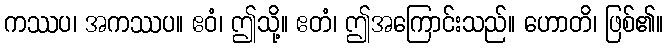
ကဿပ၊ အကဿပ။ ဧဝံ၊ ဤသို့။ ဧတံ၊ ဤအကြောင်းသည်။ ဟောတိ၊ ဖြစ်၏။